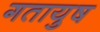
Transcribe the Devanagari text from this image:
गतायुष